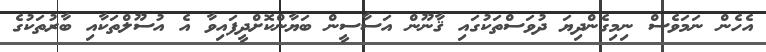
އެހެން ނަމަވެސް ނިމިގެންދިޔަ ދުވަސްތަކުގައި ޤާނޫން އަސާސީން ބަޔާންކޮށްދީފައިވާ އެ އުސޫލްތަކާއި ބާރުތަކުގެ